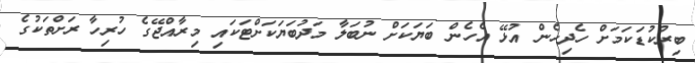
ބިރުކުޑަކަމަށް ހެދިހެން އުޅޭ އެހެން ބަޔަކަށް ނުބަލާ މަދުބަޔަކަށްޓަކައި މިރާއްޖޭގެ ހުރިހާ ރަށްތަކުގެ